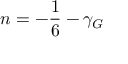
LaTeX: n = - { \frac { 1 } { 6 } } - \gamma _ { G }